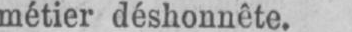
métier déshonnête.